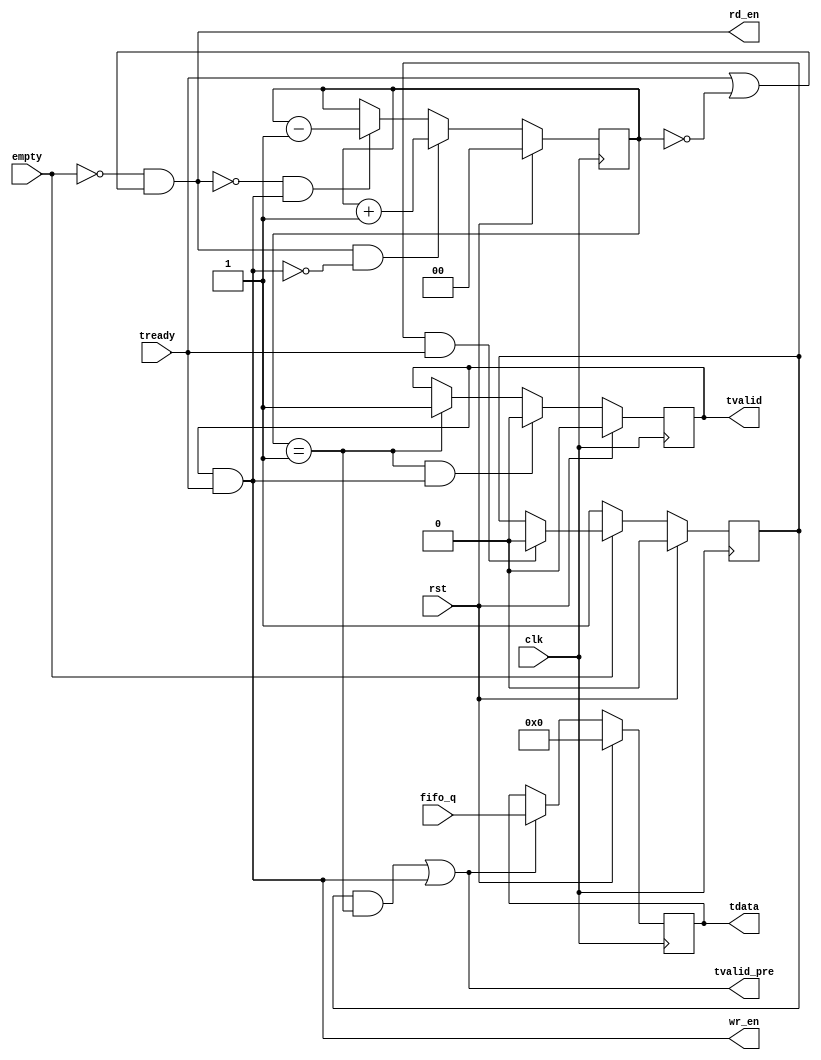
// use as fifo to fifo
// output port
// wr_en    write fifo enable 
// tdata    write fifo data
// tready   write fifo full reversal

// use as fifo to axi stream
// output port
// tvalid   axi stream valid
// tdata    axi stream data
// tready   axi stream ready

// if not use data channel
// tvalid_pre use to latch data


`timescale 1ns/1ps
module fifo2axis
  (
   /*AUTOARG*/
   // Outputs
   rd_en, tvalid, tdata, tvalid_pre, wr_en,
   // Inputs
   clk, rst, fifo_q, empty, tready
   );

   parameter C_DATA_W = 16;

   input clk;
   input rst;
   output rd_en;
   input [C_DATA_W-1:0] fifo_q;
   input 		empty;
   output 		tvalid;
   input 		tready;
   output [C_DATA_W-1:0] tdata;
   output 		 tvalid_pre;
   output 		 wr_en;

   reg [C_DATA_W-1:0] 	 tdata;
   reg 			 src_valid;
   reg 			 wr_buf;
   reg [1:0] 		 cnt_en;

   assign rd_en = (~empty) && (tready || (cnt_en == 0)); 
   assign wr_en = wr_buf & tready;
   assign tvalid_pre = ((src_valid && (cnt_en == 1)) || wr_en);
   assign tvalid = wr_buf;

   always@(posedge clk)
     begin
	if(rst)
	  cnt_en <= #1 2'h0;
	else if(rd_en && (~wr_en))
	  cnt_en <= #1 cnt_en + 1'h1;
	else if((~rd_en) && wr_en)
	  cnt_en <= #1 cnt_en - 1'h1;
     end

   always@(posedge clk)
     begin
	if(rst)
	  src_valid <= #1 1'h0;
	else if(~empty)
	  src_valid <= #1 1'h1;
	else if(src_valid && tready)
	  src_valid <= #1 1'h0;
     end

   always@(posedge clk)
     begin
	if(rst)
	  wr_buf <= #1 1'h0;
	else if((cnt_en == 1) && wr_en)
	  wr_buf <= #1 1'h0;
	else if(cnt_en == 1)
	  wr_buf <= #1 1'h1;
     end

   always@(posedge clk)
     begin
	if(rst)
	  tdata <= #1 {C_DATA_W{1'h0}};
  	else if(tvalid_pre)
	  tdata <= #1 fifo_q;
     end

endmodule